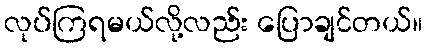
လုပ်ကြရမယ်လို့လည်း ပြောချင်တယ်။